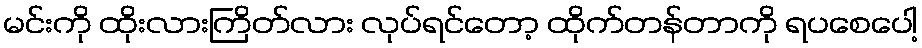
မင်းကို ထိုးလားကြိတ်လား လုပ်ရင်တော့ ထိုက်တန်တာကို ရပစေပေါ့